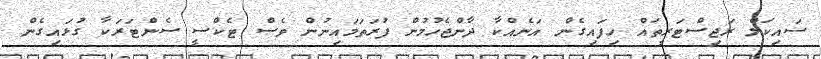
ސައިކަލް ރަޖިސްޓަރީތައް ހިފައިގެން އަނެއްކާ ދާންޖެހުމުން ފުރަތަމައިނުން ވެސް ޓެކްސީ ސެންޓަރަކާ ގުޅައިގެން